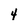
Character: 4